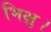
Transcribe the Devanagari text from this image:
भिक्षु।